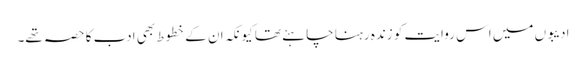
ادیبوں میں اس روایت کو زندہ رہنا چاہئے تھا کیونکہ ان کے خطوط بھی ادب کا حصہ تھے۔